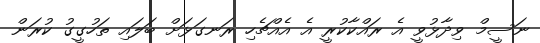
ނަސީމް ވިދާޅުވީ އެ ރައްކާކުރީ އެ އެއްޗެހި ރަނގަޅަށް ބަލައި ތަހުގީގު ކުރަން